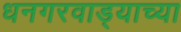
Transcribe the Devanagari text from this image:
धनगरवाड्याच्या